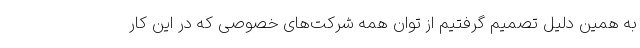
به همین دلیل تصمیم گرفتیم از توان همه شرکت‌های خصوصی که در این کار